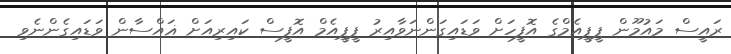
ރައީސް މައުމޫން ޕީޕީއެމްގެ އޮފީހަށް ވަޑައިގަންނަވާއިރު ޕީޕީއެމް އޮފީސް ކައިރިއަށް ޣައްސާން ވަޑައިގެންނެވި